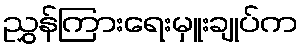
ညွှန်ကြားရေးမှူးချုပ်က